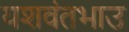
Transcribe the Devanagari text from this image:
यशवंतभाउ